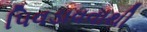
પિવડાવવાથી